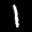
Label: 1